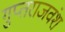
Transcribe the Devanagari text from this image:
गुप्तराजवंश